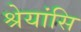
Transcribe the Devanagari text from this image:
श्रेयांसि